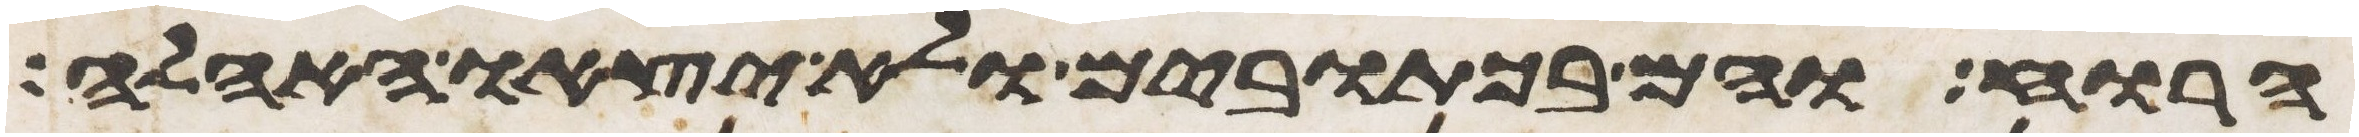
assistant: הרוח והם בכתובים ולא יצאו האהלה